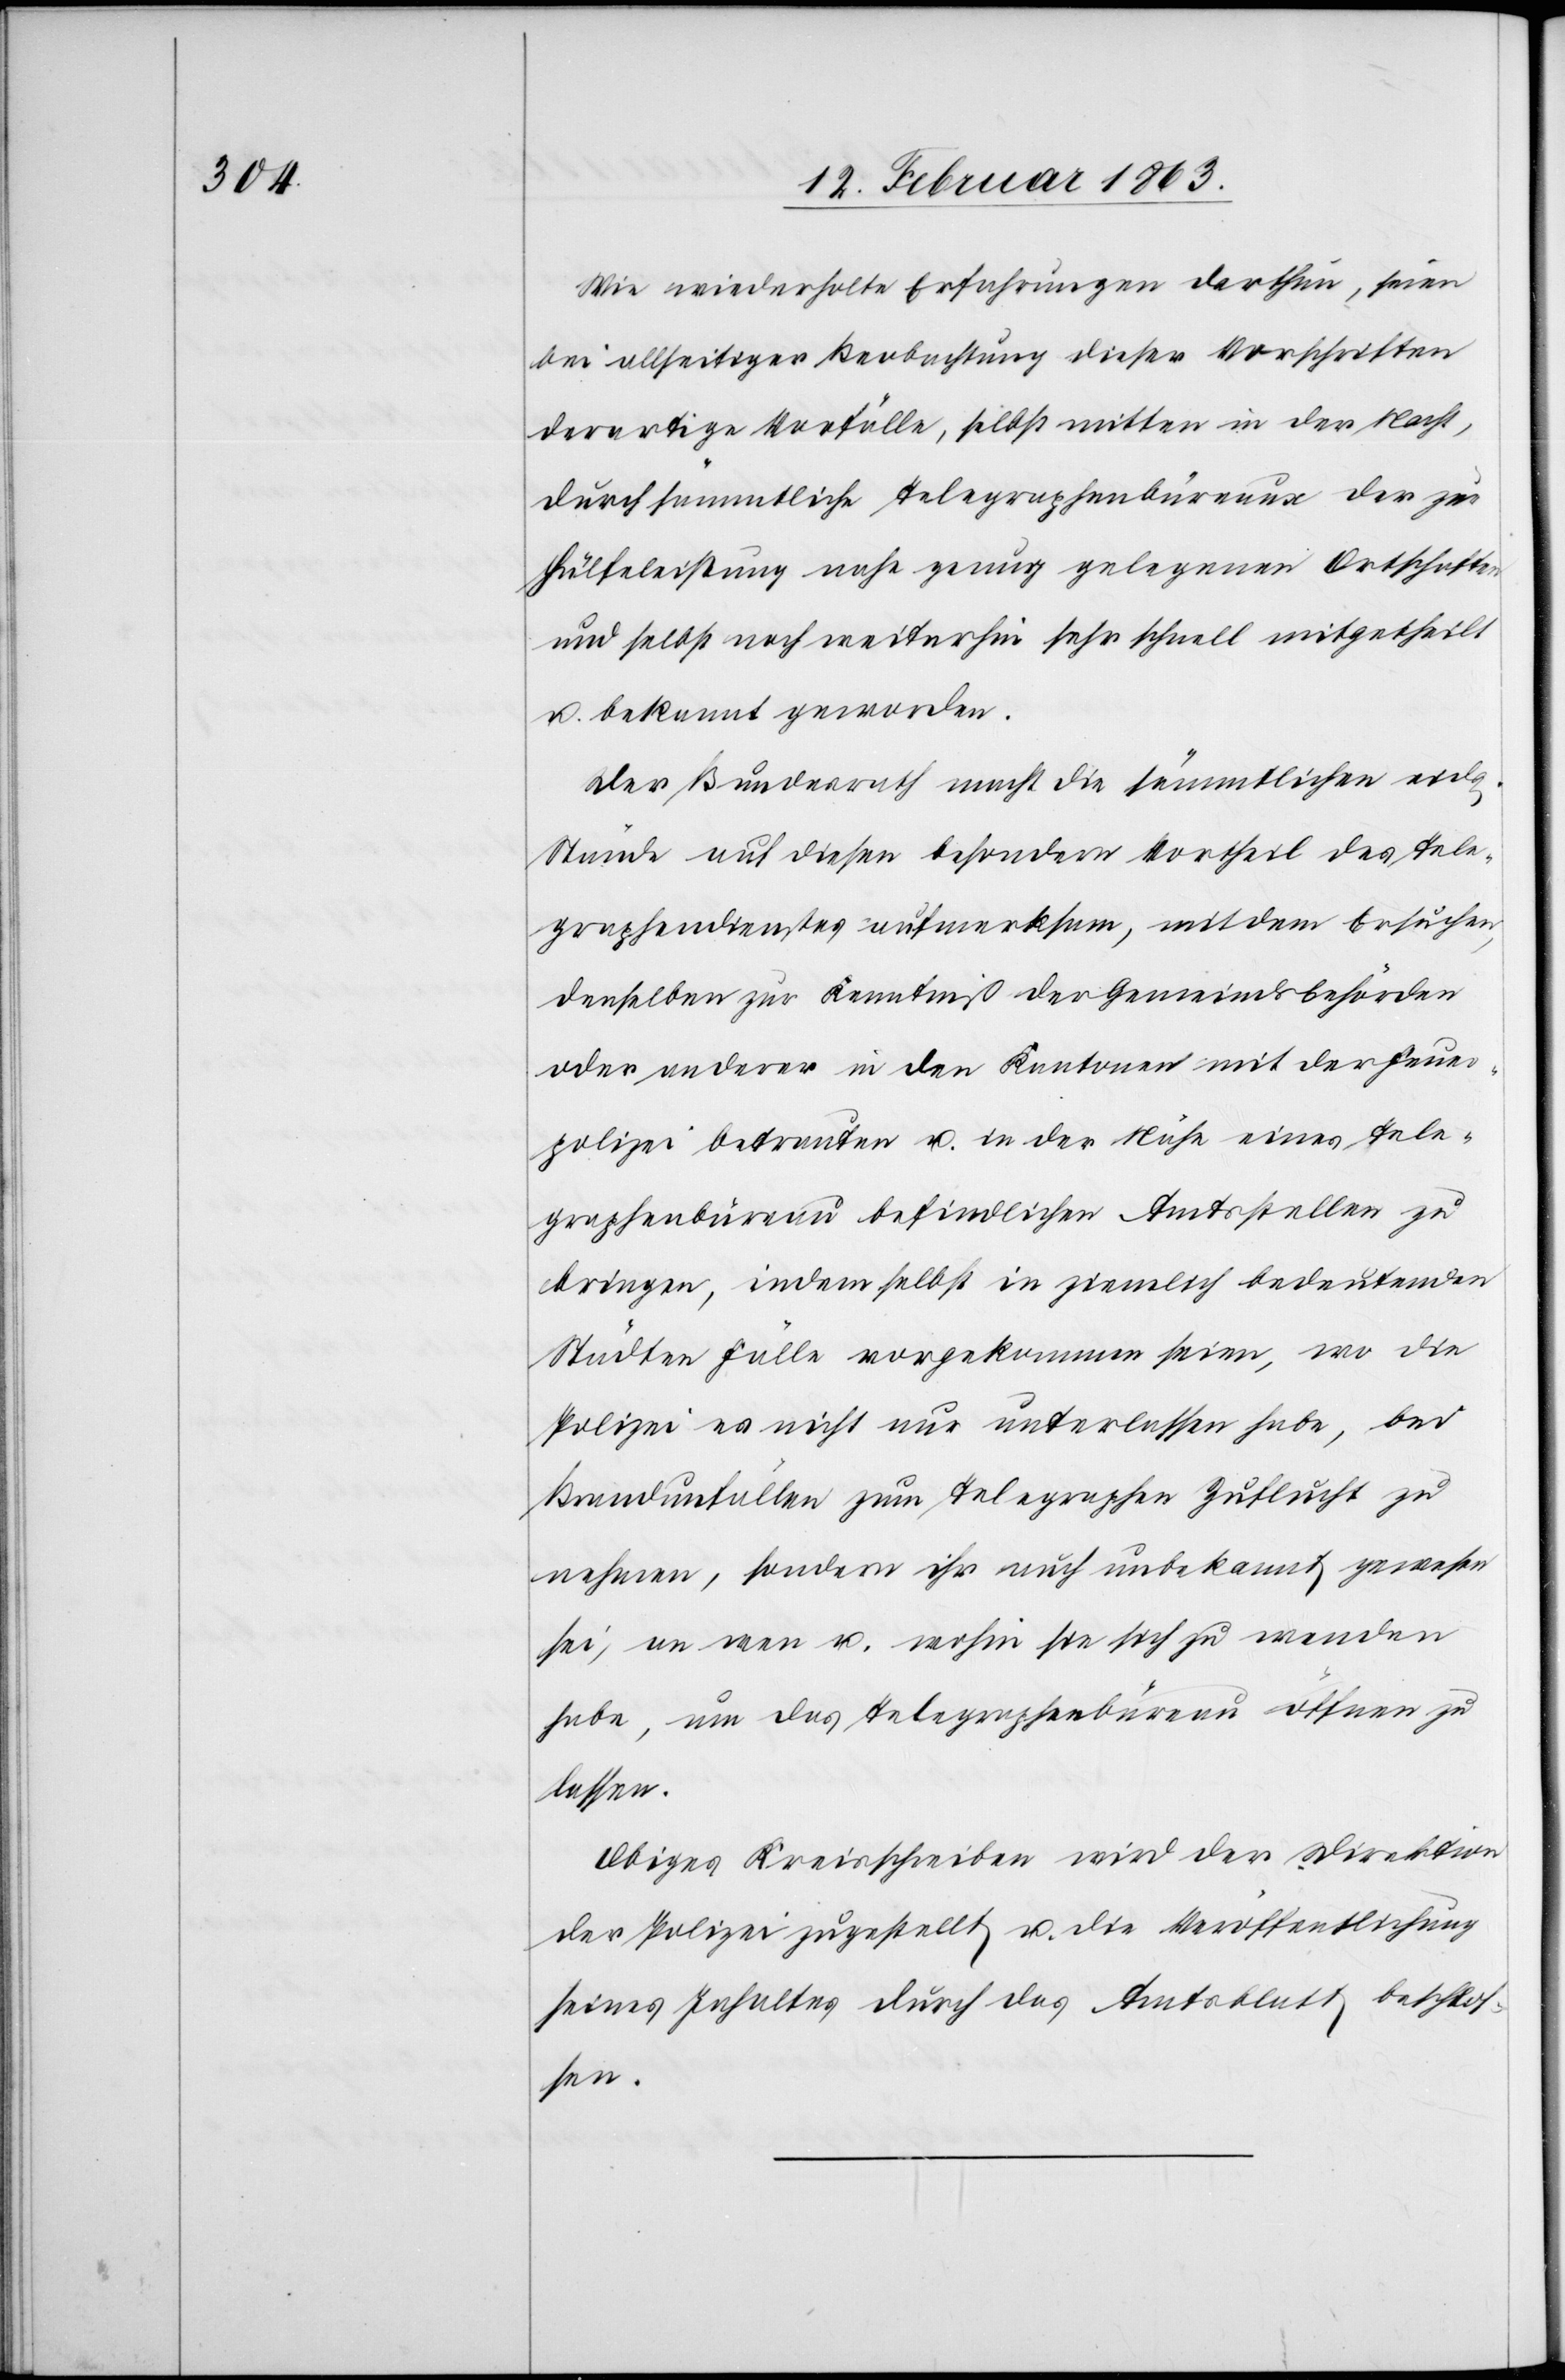
Wie wiederholte Erfahrungen darthun, seien
bei allseitiger Beobachtung dieser Vorschriften
derartige Vorfälle, selbst mitten in der Nacht,
durch sämmtliche Telegraphenbüreaux der zur
Hülfeleistung nahe genug gelegenen Ortschaften
und selbst noch weiterhin sehr schnell mitgetheilt
u. bekannt geworden.
Der Bundesrath macht die sämmtlichen eidg.
Stände auf diesen besondern Vortheil des Tele¬
graphendienstes aufmerksam, mit dem Ersuchen,
denselben zur Kenntniß der Gemeindsbehörden
oder anderer in den Kantonen mit der Feuer¬
polizei betrauten u. in der Nähe eines Tele¬
graphenbüreau befindlichen Amtsstellen zu
bringen, indem selbst in ziemlich bedeutenden
Städten Fälle vorgekommen seien, wo die
Polizei es nicht nur unterlassen habe, bei
Brandunfällen zum Telegraphen Zuflucht zu
nehmen, sondern ihr auch unbekannt gewesen
sei, an wen u. wohin sie sich zu wenden
habe, um das Telegraphenbüreau öffnen zu
lassen.
Obiges Kreisschreiben wird der Direktion
der Polizei zugestellt u. die Veröffentlichung
seines Inhaltes durch das Amtsblatt beschlos¬
sen.